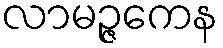
လာမဉ္ဇကေန